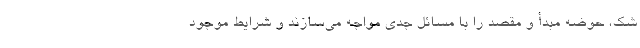
شک، حوضه مبدأ و مقصد را با مسائل جدی مواجه می‌سازند و شرایط موجود